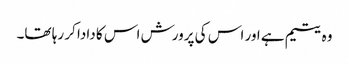
وہ یتیم ہے اور اس کی پرورش اس کا دادا کر رہا تھا۔